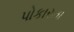
પોકારતા